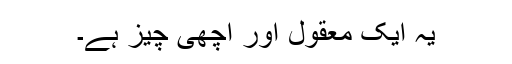
یہ ایک معقول اور اچھی چیز ہے۔